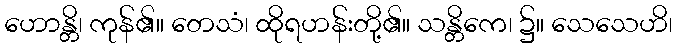
ဟောန္တိ၊ ကုန်၏။ တေသံ၊ ထိုရဟန်းတို့၏။ သန္တိကေ၊ ၌။ သေသေဟိ၊